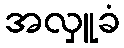
အလှူခံ